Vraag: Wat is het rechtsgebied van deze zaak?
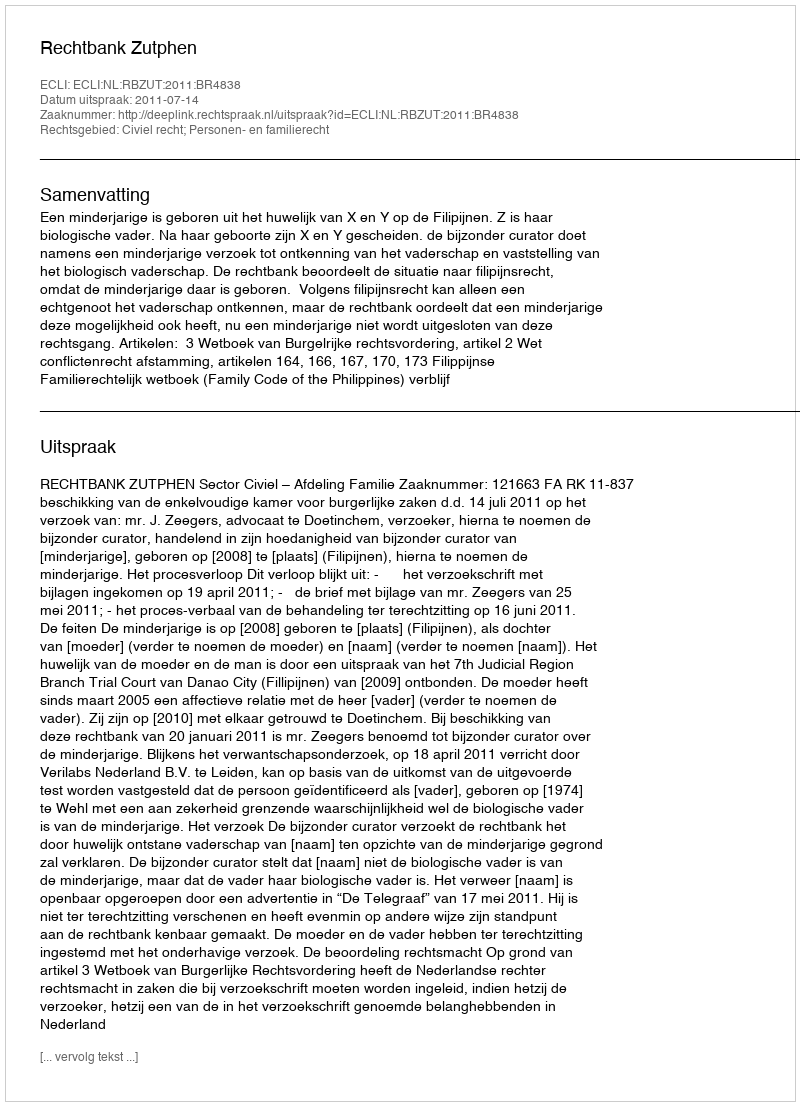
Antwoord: Civiel recht; Personen- en familierecht